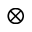
\otimes